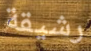
رشيقة